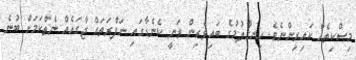
މިސްކިތެއް ކައިރިންނެވެ. ހިނގާލުމުގެ ބައިވެރިން ވަނީ ކެނެޑާގައި ނަފްރަތައް ޖާގައެއް ނެތްކަމަށް ބުނެ